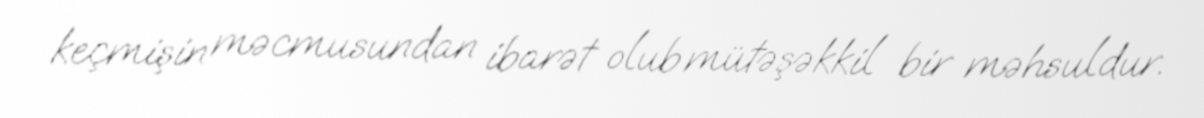
keçmişin məcmusundan ibarət olub mütəşəkkil bir məhsuldur.